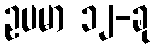
ဥပမာ ၁၂-ခု